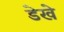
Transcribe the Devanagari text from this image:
डेखे